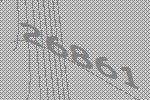
26861